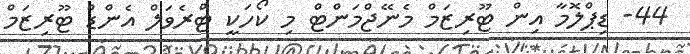
44- ޑިޕްލޮމާ އިން ޓޫރިޒަމް މެނޭޖްމަންޓް މި ކޯހަކީ ޓްރެވަލް އެންޑް ޓޫރިޒަމް